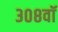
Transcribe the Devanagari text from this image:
३०८वॉ